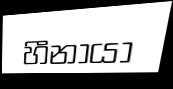
හීනායා